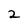
Character: 2